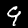
Digit: 9